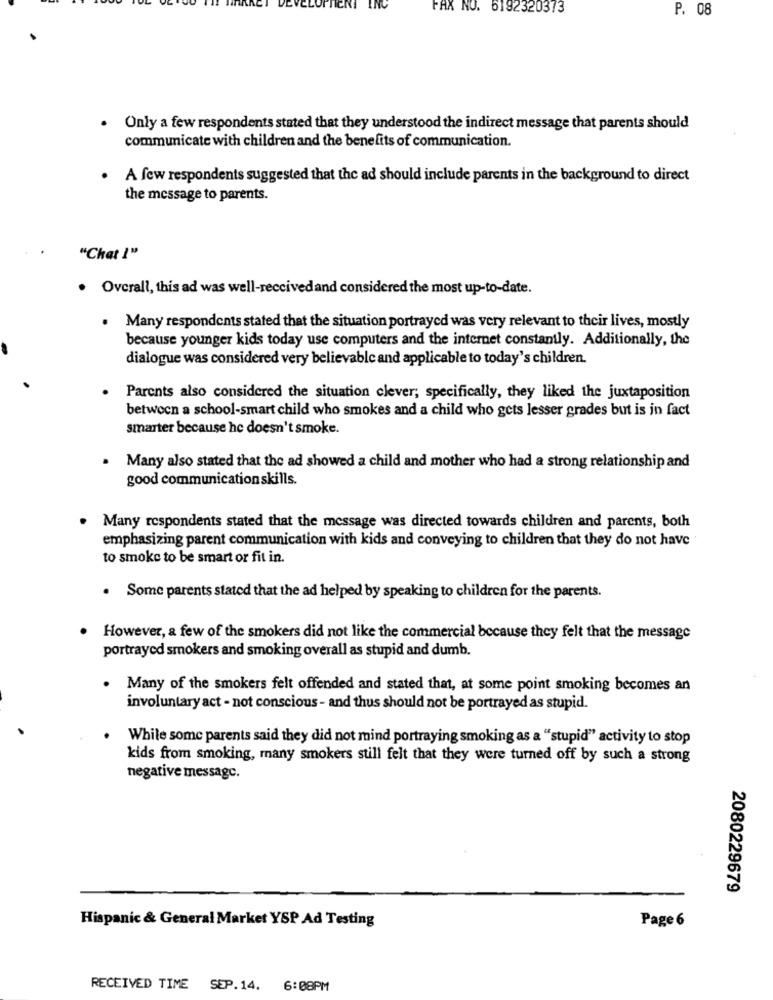
FAX NO. 6192320373
P. 08
. Only a few respondents stated that they understood the indirect message that parents should
communicate with children and the benefits of communication.
A few respondents suggested that the ad should include parents in the background to direct
the message to parents.
"Chat !"
. Overall, this ad was well-receivedand considered the most up-to-date.
. Many respondents stated that the situation portrayed was very relevant to their lives, mostly
because younger kids today use computers and the internet constantly. Additionally, the
dialogue was considered very believable and applicable to today's children.
Parents also considered the situation clever; specifically, they liked the juxtaposition
between a school-smart child who smokes and a child who gets lesser grades but is in fact
smarter because he doesn't smoke.
Many also stated that the ad showed a child and mother who had a strong relationship and
good communication skills.
Many respondents stated that the message was directed towards children and parents, both
emphasizing parent communication with kids and conveying to children that they do not have
to smoke to be smart or fit in.
. Some parents stated that the ad helped by speaking to children for the parents.
However, a few of the smokers did not like the commercial because they felt that the message
portrayed smokers and smoking overall as stupid and dumb.
.
Many of the smokers felt offended and stated that, at some point smoking becomes an
involuntary act - not conscious - and thus should not be portrayed as stupid.
While some parents said they did not mind portraying smoking as a "stupid" activity to stop
kids from smoking, many smokers still felt that they were turned off by such a strong
negative message.
2080229679
Hispanic & General Market YSP Ad Testing
Page 6
RECEIVED TIME SEP.14. 6:08PM